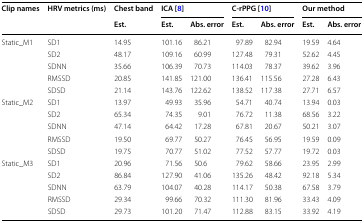
| <ROWSPAN=2> Clip names | <ROWSPAN=2> HRV metrics (ms) | Chest band | <COLSPAN=2> ICA [8] | <COLSPAN=2> C-rPPG [10] | <COLSPAN=2> Our method |
 | Est. | Est. | Abs. error | Est. | Abs. error | Est. | Abs. error |
 | --- | --- | --- | --- | --- | --- | --- | --- | --- |
 | <ROWSPAN=5> Static_M1 | SD1 | 14.95 | 101.16 | 86.21 | 97.89 | 82.94 | 19.59 | 4.64 |
 | SD2 | 48.17 | 109.16 | 60.99 | 127.48 | 79.31 | 52.62 | 4.45 |
 | SDNN | 35.66 | 106.39 | 70.73 | 114.03 | 78.37 | 39.62 | 3.96 |
 | RMSSD | 20.85 | 141.85 | 121.00 | 136.41 | 115.56 | 27.28 | 6.43 |
 | SDSD | 21.14 | 143.76 | 122.62 | 138.52 | 117.38 | 27.71 | 6.57 |
 | <ROWSPAN=5> Static_M2 | SD1 | 13.97 | 49.93 | 35.96 | 54.71 | 40.74 | 13.94 | 0.03 |
 | SD2 | 65.34 | 74.35 | 9.01 | 76.72 | 11.38 | 68.56 | 3.22 |
 | SDNN | 47.14 | 64.42 | 17.28 | 67.81 | 20.67 | 50.21 | 3.07 |
 | RMSSD | 19.50 | 69.77 | 50.27 | 76.45 | 56.95 | 19.59 | 0.09 |
 | SDSD | 19.75 | 70.77 | 51.02 | 77.52 | 57.77 | 19.72 | 0.03 |
 | <ROWSPAN=5> Static_M3 | SD1 | 20.96 | 71.56 | 50.6 | 79.62 | 58.66 | 23.95 | 2.99 |
 | SD2 | 86.84 | 127.90 | 41.06 | 135.26 | 48.42 | 92.18 | 5.34 |
 | SDNN | 63.79 | 104.07 | 40.28 | 114.17 | 50.38 | 67.58 | 3.79 |
 | RMSSD | 29.34 | 99.66 | 70.32 | 111.30 | 81.96 | 33.43 | 4.09 |
 | SDSD | 29.73 | 101.20 | 71.47 | 112.88 | 83.15 | 33.92 | 4.19 |